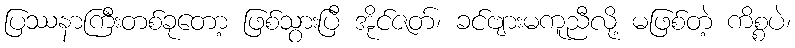
ပြဿနာကြီးတစ်ခုတော့ ဖြစ်သွားပြီ အိုင်ဇတ်၊ ခင်ဗျားမကူညီလို့ မဖြစ်တဲ့ ကိစ္စပဲ၊